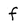
Character: f